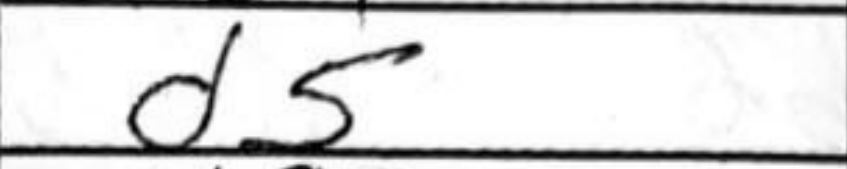
Transcription: d5